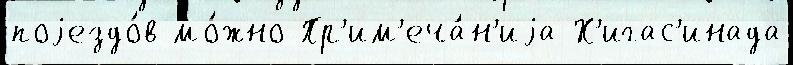
поjездо́в мо́жно Пр'им'еча́н'иjа Х'игас'инада